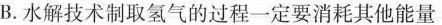
B.水解技术制取氢气的过程一定要消耗其他能量